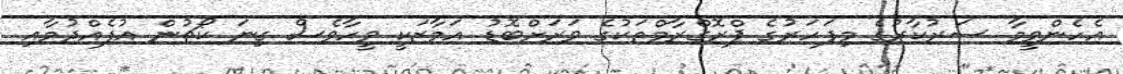
އެހެންވީމާ ސަރުކާރުގެ މިފަހަރުގެ ޕްރޮގްރާމްތަކުގެ ވަރަށްބޮޑު އަމާޒަކީ ވީހާވެސް ގިނަ ކޯޗުން އުފެއްދުމާއި